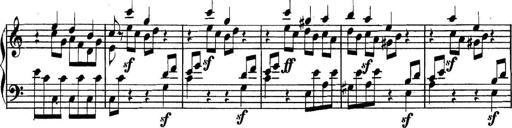
Title: Collected Piano Sonatas
Composer: Muzio Clementi